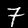
Label: 7